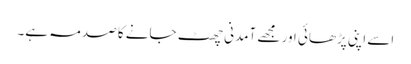
اسے اپنی پڑھائی اور مجھے آمدنی چھٹ جانے کا صدمہ ہے۔